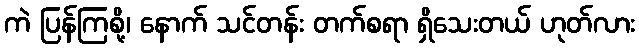
ကဲ ပြန်ကြစို့၊ နောက် သင်တန်း တက်စရာ ရှိသေးတယ် ဟုတ်လား